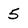
Character: 5